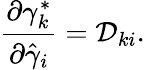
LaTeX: \frac{\partial{\gamma}_{k}^{*}}{\partial\hat{\gamma}_{i}}=\mathcal{D}_{ki}.